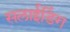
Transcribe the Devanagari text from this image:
सलाईडिंग